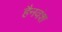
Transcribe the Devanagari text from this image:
हैनवंश